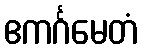
ဧကင်္ဂမေတံ